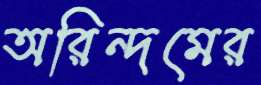
অরিন্দমের